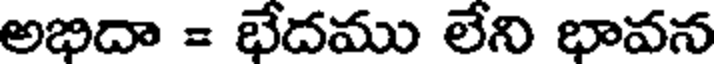
అభిదా = భేదము లేని భావన